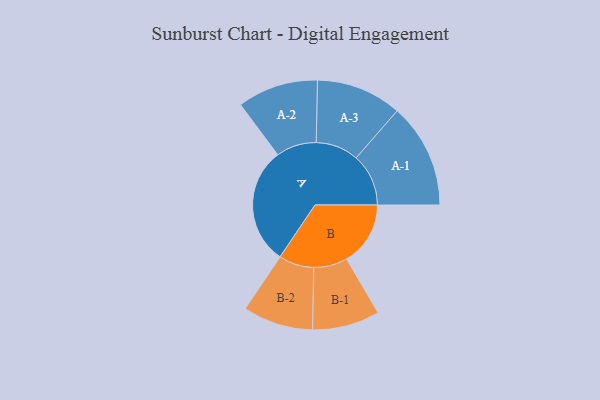
{"axis": {"x": "Segment", "y": "Value"}, "legend": ["", "A", "B"], "data": [{"x": "A", "y": 490, "type": ""}, {"x": "B", "y": 267, "type": ""}, {"x": "A-1", "y": 219, "type": "A"}, {"x": "A-2", "y": 169, "type": "A"}, {"x": "A-3", "y": 179, "type": "A"}, {"x": "B-1", "y": 141, "type": "B"}, {"x": "B-2", "y": 147, "type": "B"}]}